Vaccination Hyderabad 1872-1889 - 1872-1889
Year: 1872
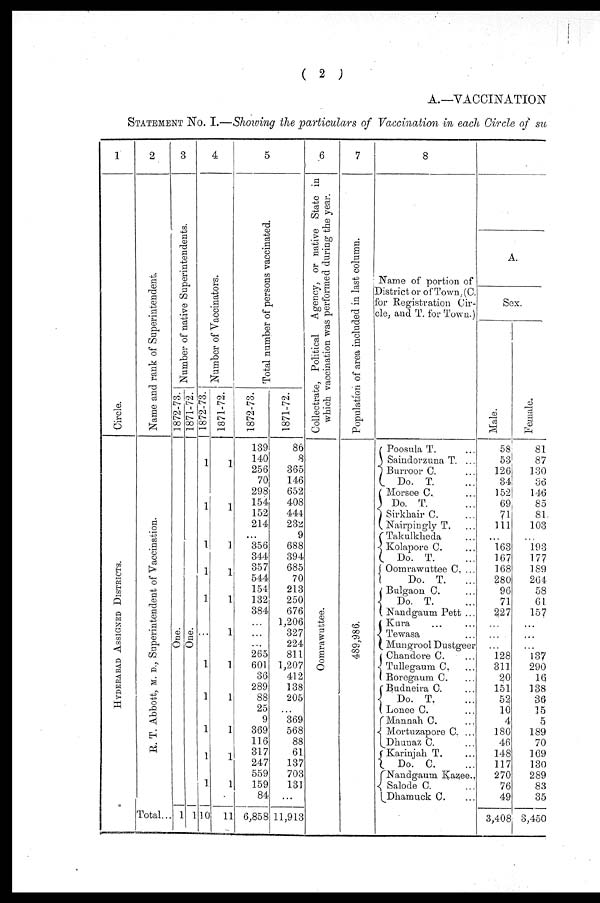
( 2 )
A.—VACCINATION
STATEMENT NO. I.—Showing the particulars of Vaccination in each Circle of su
1
Circle.
HYDERABAD ASSIGNED DISTRICTS.
2
Name and rank of Superintendent
R. T. Abbott, M. D., Superintendent of Vaccination.
Total...
3
Number of native Superintendents.
1872-73.
One.
1
18-7172.
One.
1
4
Number of Vaccinators.
1872-73
1
1
1
1
1
...
1
1
1
1
1
10
1871-72
1
1
1
1
1
1
1
1
1
1
1
1 1
5
Total number of persons vaccinated.
1872-73
139
140
256
70
298
154
152
214
...
356
344
357
544
154
132
384
...
...
...
265
601
36
289
88
25
9
369
116
317
247
559
159
84
6,858
1871-72
86
8
365
146
652
408
444
232
9
688
394
685
70
213
250
676
1,206
327
224
811
1,207
412
138
205
...
369
568
88
61
137
703
131
...
11,913
6
Collectrate, Political Agency, or native State in
which vaccination was performed during the year.
Oomrawuttee.
7
Population of area included in last column.
489,986.
8
Name of portion of
District or of Town, (C.
for Registration Cir-
cle, and T. for Town.)
Poosula T. ...
Saindorzuna T. ...
Burroor C. ...
Do. T. ...
Morsee C. ...
Do. T. ...
Sirkhair C. ...
Nairpingly T. ...
Takulkheda ...
Kolapore C. ...
Do. T. ...
Oomrawuttee C. ...
Do. T.
...
Bulgaon C. ...
Do. T. ...
Nandgaum Pett ...
Kura ... ...
Tewasa ...
Mungrool Dustgeer
Chandore C. ...
Tullegaum C. ...
Boregaum C. ...
Budneira C. ...
Do. T. ...
Lonee C. ...
Mannah C.
...
Mortuzapore C. ...
Dhunaz C. ...
Karinjah T. ...
Do. C. ...
Nandgaum Kazee..
Salode C. ...
Dhamuck C. ...
A.
Sex.
Male.
58
53
126
34
152
69
71
111
...
163
167
168
280
96
71
227
...
...
...
128
311
20
151
52
10
4
180
46
148
117
270
76
49
3,408
Female.
81
87
130
36
146
85
81
103
...
193
177
189
264
58
61
157
...
...
...
137
290
16
138
36
15
5
189
70
169
130
289
83
35
3,450